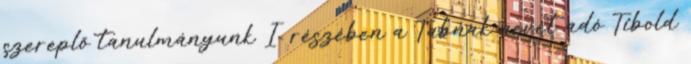
szereplő tanulmányunk I. részében a Tabnak nevét adó Tibold